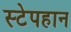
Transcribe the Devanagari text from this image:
स्टेपहान